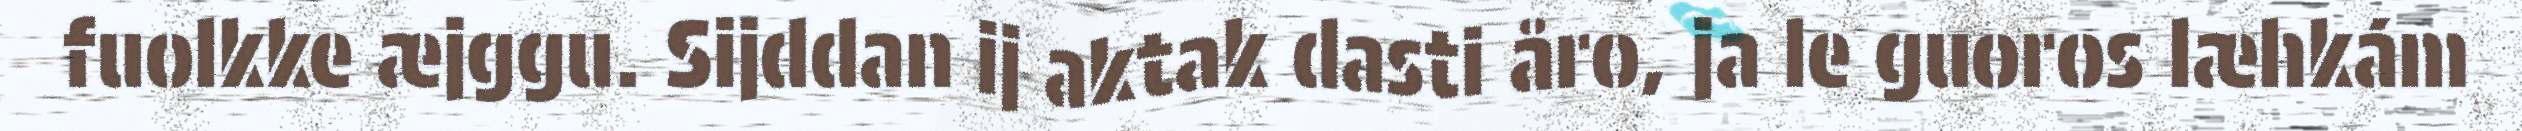
fuolkke æjggu. Sijddan ij aktak dasti åro, ja le guoros læhkám